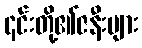
၎င်းတို့၏ဇနီးများ